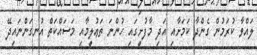
ލައްވާ ކުރަމުން ގެންދާ ކަމަށާއި އަދި މާފުށީގައި ހުންނަ ތަޢުލީމާއި މަސައްކަތް އުނގަންނައިދޭ